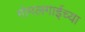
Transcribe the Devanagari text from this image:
गोगलगाईच्या